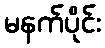
မနက်ပိုင်း